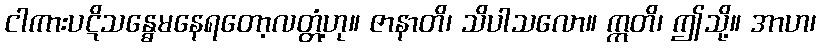
ငါကားပဋိသန္ဓေမနေရတော့လတ္တံ့ဟု။ ဇာနာတိ၊ သိပါသလော။ ဣတိ၊ ဤသို့။ အာဟ၊